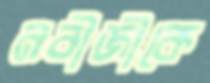
নবীজীকে